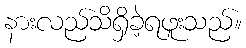
နားလည်သိရှိခဲ့ရဖူးသည်။